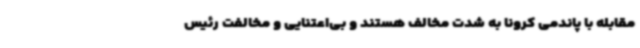
مقابله با پاندمی کرونا به شدت مخالف هستند و بی‌اعتنایی و مخالفت رئیس